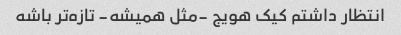
انتظار داشتم کیک هویج -مثل همیشه- تازه‌تر باشه